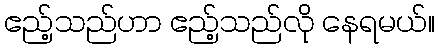
ဧည့်သည်ဟာ ဧည့်သည်လို နေရမယ်။